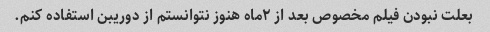
بعلت نبودن فیلم مخصوص بعد از ۲ماه هنوز نتوانستم از دوریبن استفاده کنم.